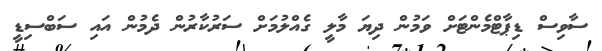
ސާވިސް ޑިޕާޓްމެންޓަށް ވަމުން ދިޔަ މާލީ ގެއްލުމަށް ސަރުކާރުން ދެމުން އައި ސަބްސިޑީ